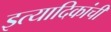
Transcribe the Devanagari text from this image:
इत्यादिकांची